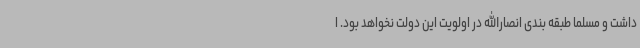
داشت و مسلما طبقه بندی انصارالله در اولویت این دولت نخواهد بود. ا